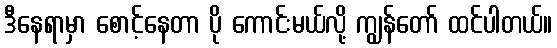
ဒီနေရာမှာ စောင့်နေတာ ပို ကောင်းမယ်လို့ ကျွန်တော် ထင်ပါတယ်။